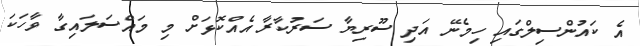
އެ ކައުންސިލްގައި ހިމެނޭ އަދި ސޫރިޔާ ސަރުކާރާ އެއްކޮޅަށް މި މައްސަލައިގާ ވާހަކަ